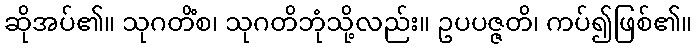
ဆိုအပ်၏။ သုဂတိံစ၊ သုဂတိဘုံသို့လည်း။ ဥပပဇ္ဇတိ၊ ကပ်၍ဖြစ်၏။